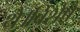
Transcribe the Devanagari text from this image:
थे।विशेष